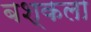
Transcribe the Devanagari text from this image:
बश्कला